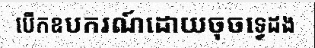
បើកឧបករណ៍ដោយចុចទ្វេដង